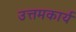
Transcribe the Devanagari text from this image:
उत्तमकार्य